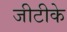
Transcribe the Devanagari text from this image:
जीटीके